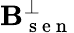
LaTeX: \mathbf{B}_{\mathrm{{~s~e~n~}}}^{\perp}